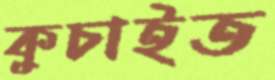
কুচাইত